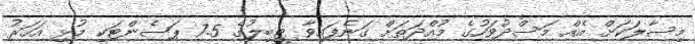
މިސާލަކަށް އެއް މަސްދުވަހުގެ މުއްދަތަށް ގަނެފައިވާ ޓީބިލުގެ 7.5 ޕަސެންޓަކީ މުޅި އަހަރު